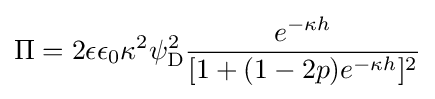
\Pi =2\epsilon \epsilon _{0}\kappa ^{2}\psi _{\rm {D}}^{2}{\frac {e^{-\kappa h}}{[1+(1-2p)e^{-\kappa h}]^{2}}}